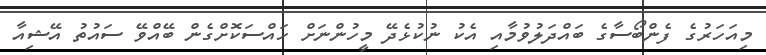
މިއަހަރުގެ ފެންބޯސާގެ ބައްދަލުވުމާއި އެކު ނުކުޅެދޭ މީހުންނަށް ހައްސަކޮށްގެން ބޭއްވޭ ސައުތު އޭޝިއާ